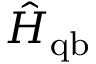
\hat { H } _ { \mathrm { q b } }